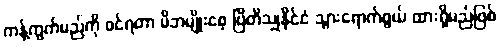
ကန့်ကွက်မည်ကို ဝင်ရတာ မိဘမျိုးစေ့ ဗြိတိသျှနိုင်ငံ သွားရောက်ဖွယ် ထားရှိမည်ဖြစ်